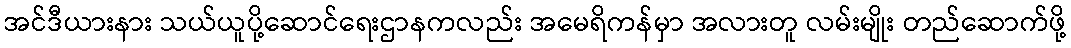
အင်ဒီယားနား သယ်ယူပို့ဆောင်ရေးဌာနကလည်း အမေရိကန်မှာ အလားတူ လမ်းမျိုး တည်ဆောက်ဖို့